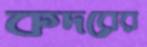
কদরের